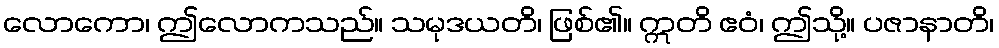
လောကော၊ ဤလောကသည်။ သမုဒယတိ၊ ဖြစ်၏။ ဣတိ ဧဝံ၊ ဤသို့။ ပဇာနာတိ၊